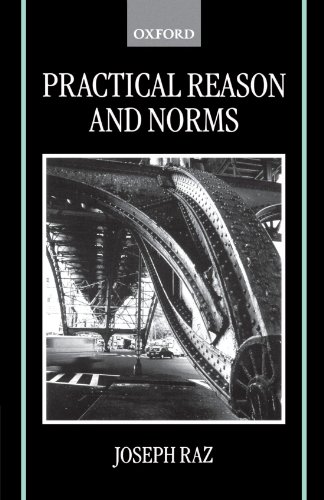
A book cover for Practical Reason and Norms; Joseph Raz; Law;